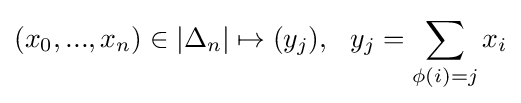
(x_{0},...,x_{n})\in |\Delta _{n}|\mapsto (y_{j}),~~y_{j}=\sum _{\phi (i)=j}x_{i}